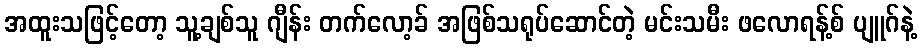
အထူးသဖြင့်တော့ သူ့ချစ်သူ ဂျီန်း တက်လော့ခ် အဖြစ်သရုပ်ဆောင်တဲ့ မင်းသမီး ဖလောရန့်စ် ပျူဂ်နဲ့